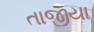
તાજીયા